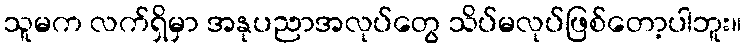
သူမက လက်ရှိမှာ အနုပညာအလုပ်တွေ သိပ်မလုပ်ဖြစ်တော့ပါဘူး။